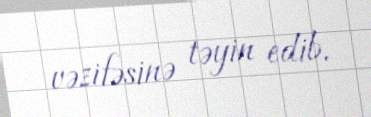
vəzifəsinə təyin edib.